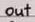
out